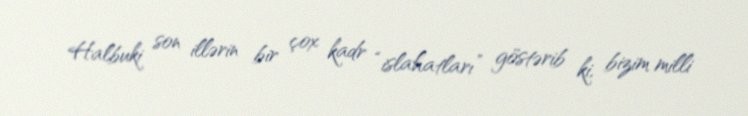
Halbuki son illərin bir çox kadr “islahatları” göstərib ki, bizim milli